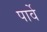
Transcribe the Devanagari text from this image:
पार्वे